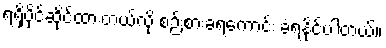
ရရှိပိုင်ဆိုင်ထားတယ်လို့ စဉ်းစားခံရကောင်း ခံရနိုင်ပါတယ်။